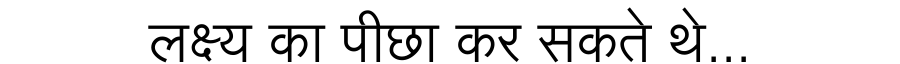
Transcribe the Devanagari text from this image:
लक्ष्य का पीछा कर सकते थे...